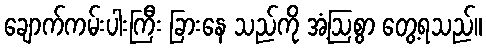
ချောက်ကမ်းပါးကြီး ခြားနေ သည်ကို အံ့ဩစွာ တွေ့ရသည်။